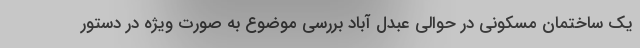
یک ساختمان مسکونی در حوالی عبدل آباد بررسی موضوع به صورت ویژه در دستور